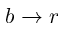
b \to r